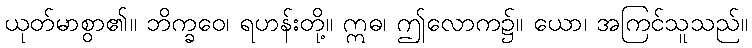
ယုတ်မာစွာ၏။ ဘိက္ခဝေ၊ ရဟန်းတို့။ ဣဓ၊ ဤလောက၌။ ယော၊ အကြင်သူသည်။